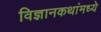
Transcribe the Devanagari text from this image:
विज्ञानकथांमध्ये